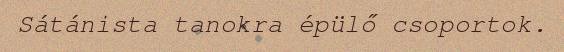
Sátánista tanokra épülő csoportok.